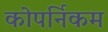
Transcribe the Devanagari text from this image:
कोपर्निकम